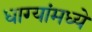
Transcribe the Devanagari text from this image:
धाग्यांमध्ये